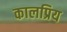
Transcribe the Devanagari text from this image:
कालप्रिय